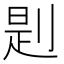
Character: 㓳